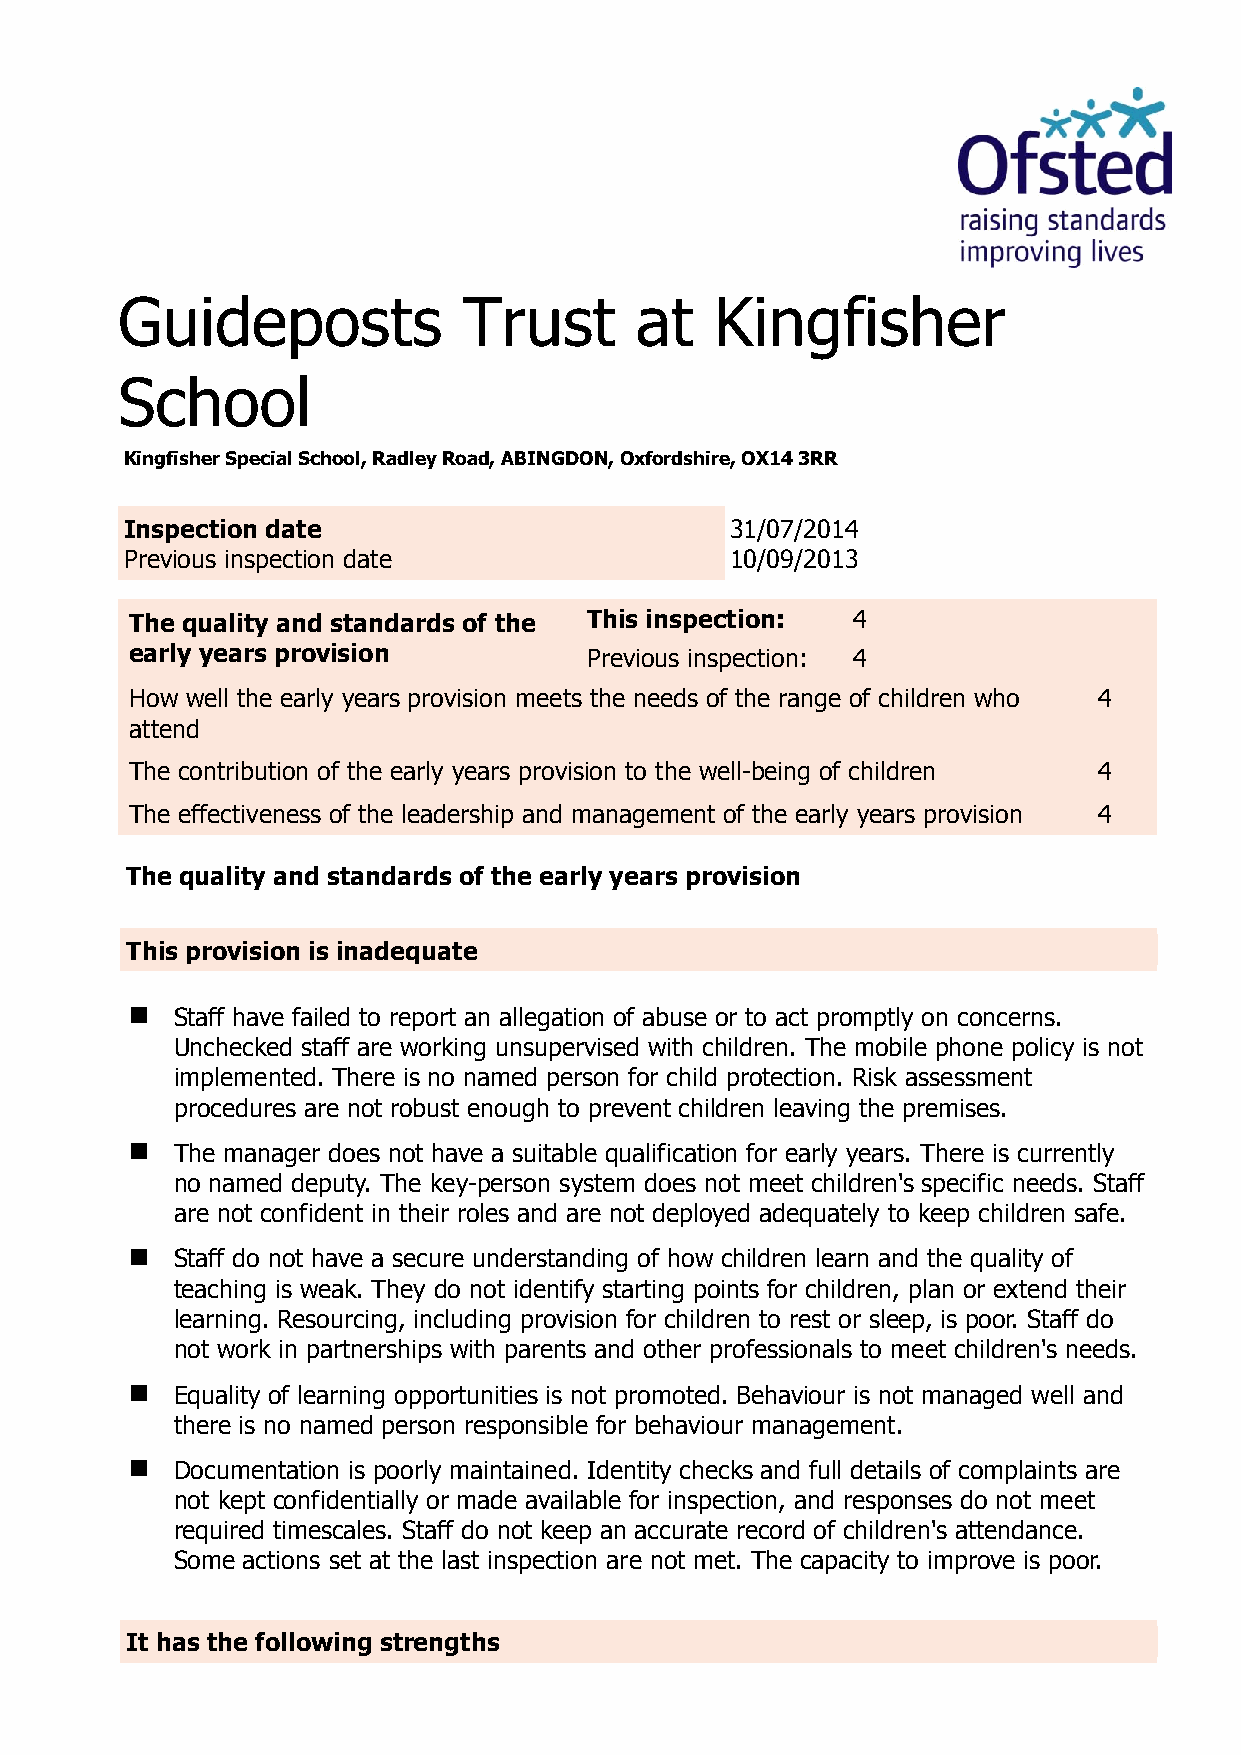
Guideposts             Trust      at   Kingfisher
 School
 Kingfisher Special School, Radley Road, ABINGDON, Oxfordshire, OX14 3RR
 Inspection date                         31/07/2014
 Previous inspection date                10/09/2013
 The quality and standards of the This inspection: 4
 early years provision         Previous inspection: 4
 How well the early years provision meets the needs of the range of children who 4
 attend
 The contribution of the early years provision to the well-being of children 4
 The effectiveness of the leadership and management of the early years provision 4
 The quality and standards of the early years provision
 This provision is inadequate
   Staff have failed to report an allegation of abuse or to act promptly on concerns.
 Unchecked staff are working unsupervised with children. The mobile phone policy is not
 implemented. There is no named person for child protection. Risk assessment
 procedures are not robust enough to prevent children leaving the premises.
   The manager does not have a suitable qualification for early years. There is currently
 no named deputy. The key-person system does not meet children's specific needs. Staff
 are not confident in their roles and are not deployed adequately to keep children safe.
   Staff do not have a secure understanding of how children learn and the quality of
 teaching is weak. They do not identify starting points for children, plan or extend their
 learning. Resourcing, including provision for children to rest or sleep, is poor. Staff do
 not work in partnerships with parents and other professionals to meet children's needs.
   Equality of learning opportunities is not promoted. Behaviour is not managed well and
 there is no named person responsible for behaviour management.
   Documentation is poorly maintained. Identity checks and full details of complaints are
 not kept confidentially or made available for inspection, and responses do not meet
 required timescales. Staff do not keep an accurate record of children's attendance.
 Some actions set at the last inspection are not met. The capacity to improve is poor.
 It has the following strengths